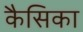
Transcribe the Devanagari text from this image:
कैसिका